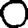
Digit: 0